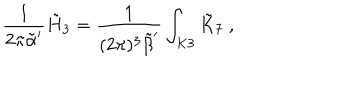
\frac { 1 } { 2 \pi { \tilde { \alpha } } ^ { \prime } } { \tilde { H } } _ { 3 } = \frac { 1 } { ( 2 \pi ) ^ { 3 } { \tilde { \beta } } ^ { \prime } } \int _ { K 3 } { \tilde { K } } _ { 7 } \ ,